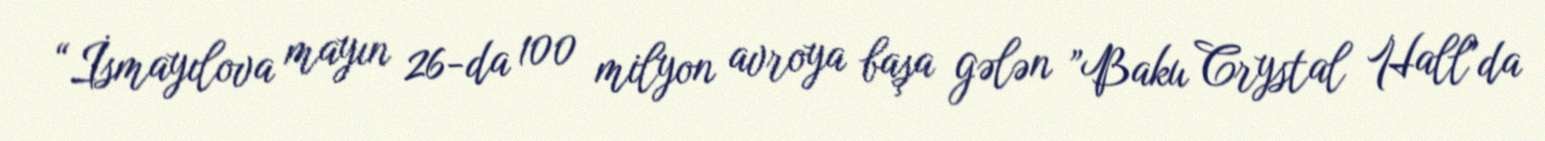
“İsmayılova mayın 26-da 100 milyon avroya başa gələn ”Baku Crystal Hall"da